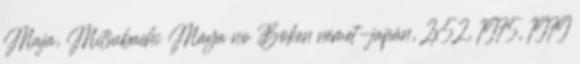
Maja, Mitsubachi Māya no Bōken német-japán, 2x52, 1975, 1979